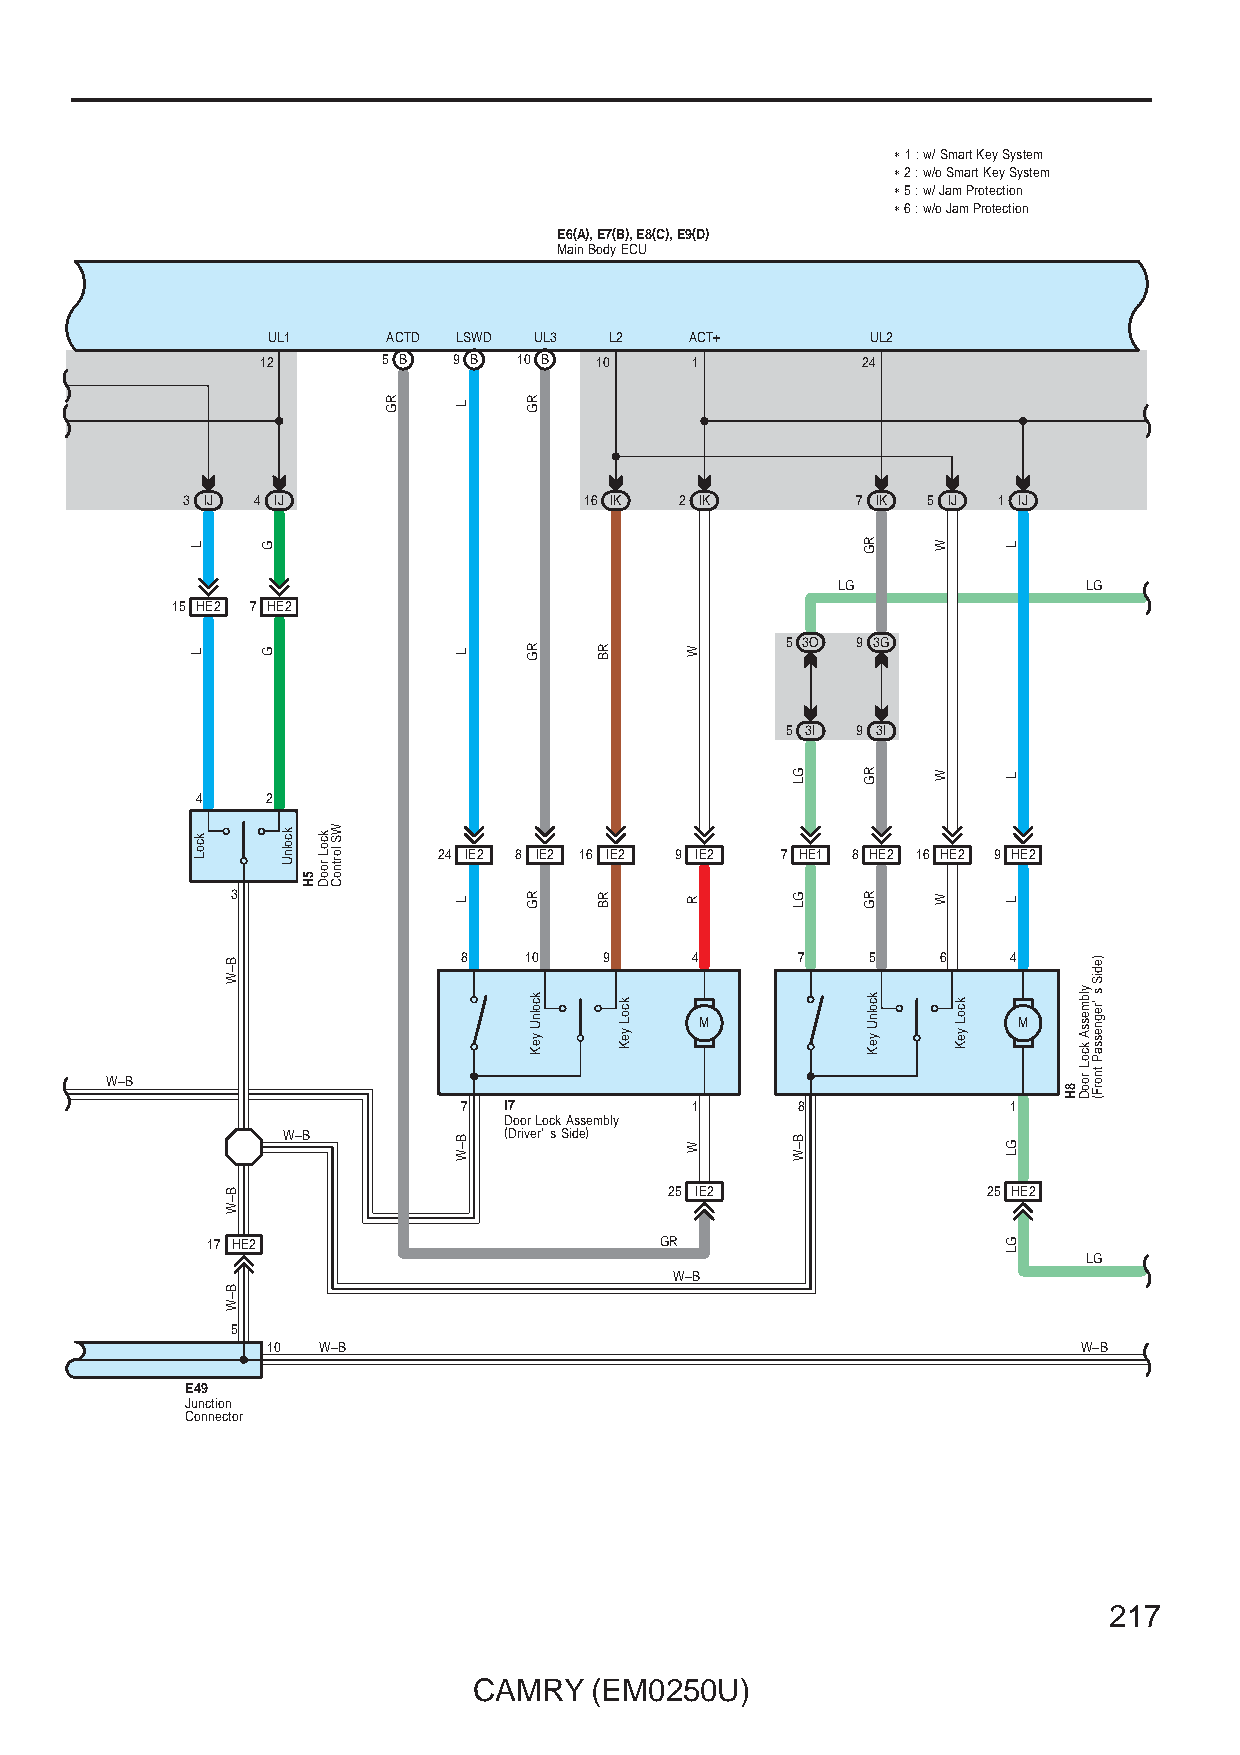
∗ 1 : w/ Smart Key System
 ∗ 2 : w/o Smart Key System
 ∗ 5 : w/ Jam Protection
 ∗ 6 : w/o Jam Protection
 EE66((AA)),, EE77((BB)),, EE88((CC)),, EE99((DD))
 MMaaiinn BBooddyy EECCUU
 UL1     ACTD LSWD UL3 L2    ACT+        UL2
 12      5 B  9 B 10 B 10     1          24
 3 IJ 4 IJ                  16 IK 2 IK        7 IK 5 IJ 1 IJ
 LG               LG
 15 HE2 7 HE2
 5 3O 9 3G
 5 3I 9 3I
 4    2
 24 IE2 8 IE2 16 IE2 9 IE2 7 HE1 8 HE2 16 HE2 9 HE2
 3
 8   10   9     4      7   5    6    4
 M                    M
 W–B
 7 I7           1      8             1
 Door Lock Assembly
 W–B           (Driver' s Side)
 25 IE2               25 HE2
 17 HE2                        GR
 LG
 W–B
 5
 10 W–B                                                W–B
 E49
 Junction
 Connector
 217
 CAMRY   (EM0250U)
 L
 L
 kcoL
 B–W
 B–W
 B–W
 G
 G
 kcolnU
 5H
 kcoL
 rooD
 WS
 lortnoC
 RG   L
 L
 L
 B–W
 RG
 RG
 RG
 kcolnU
 yeK
 RB
 RB
 kcoL
 yeK
 W
 R
 W
 GL
 GL
 B–W
 RG
 RG
 RG
 kcolnU
 yeK
 W
 W
 W
 kcoL
 yeK
 L
 L
 L
 GL
 GL
 8H
 ylbmessA
 kcoL
 rooD
 )ediS
 s 'regnessaP
 tnorF(